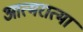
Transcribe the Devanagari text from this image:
आत्मरात्मा